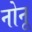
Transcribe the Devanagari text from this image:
नोनू